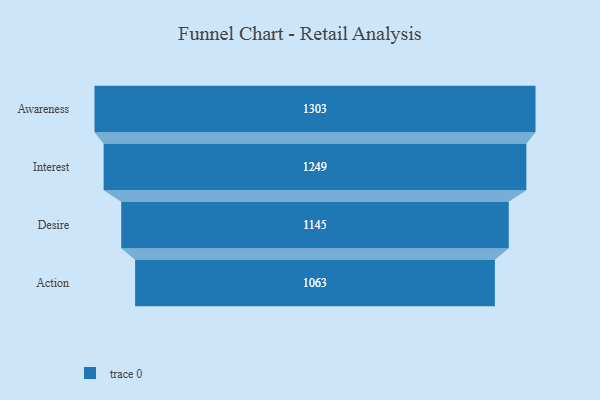
{"axis": {"x": "Stage", "y": "Value"}, "legend": [""], "data": [{"x": "Awareness", "y": 1303.0, "type": ""}, {"x": "Interest", "y": 1249.0, "type": ""}, {"x": "Desire", "y": 1145.0, "type": ""}, {"x": "Action", "y": 1063.0, "type": ""}]}